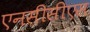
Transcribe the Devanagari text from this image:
एनसीसीएस